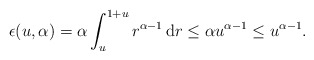
\begin{align*}\epsilon(u,\alpha) = \alpha \int_u^{1+u} r^{\alpha-1}\,\mathrm{d}r \leq \alpha u^{\alpha-1} \leq u^{\alpha-1}.\end{align*}